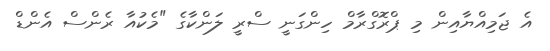
އެ ޖަމިއްޔާއިން މި ޕްރޮގްރާމް ހިންގަނީ ސްރީ ލަންކާގެ "މެކުއާ ރެންސް އެންޑް